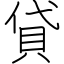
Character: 貸